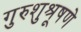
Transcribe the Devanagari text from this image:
गुरुशुश्रूषणे